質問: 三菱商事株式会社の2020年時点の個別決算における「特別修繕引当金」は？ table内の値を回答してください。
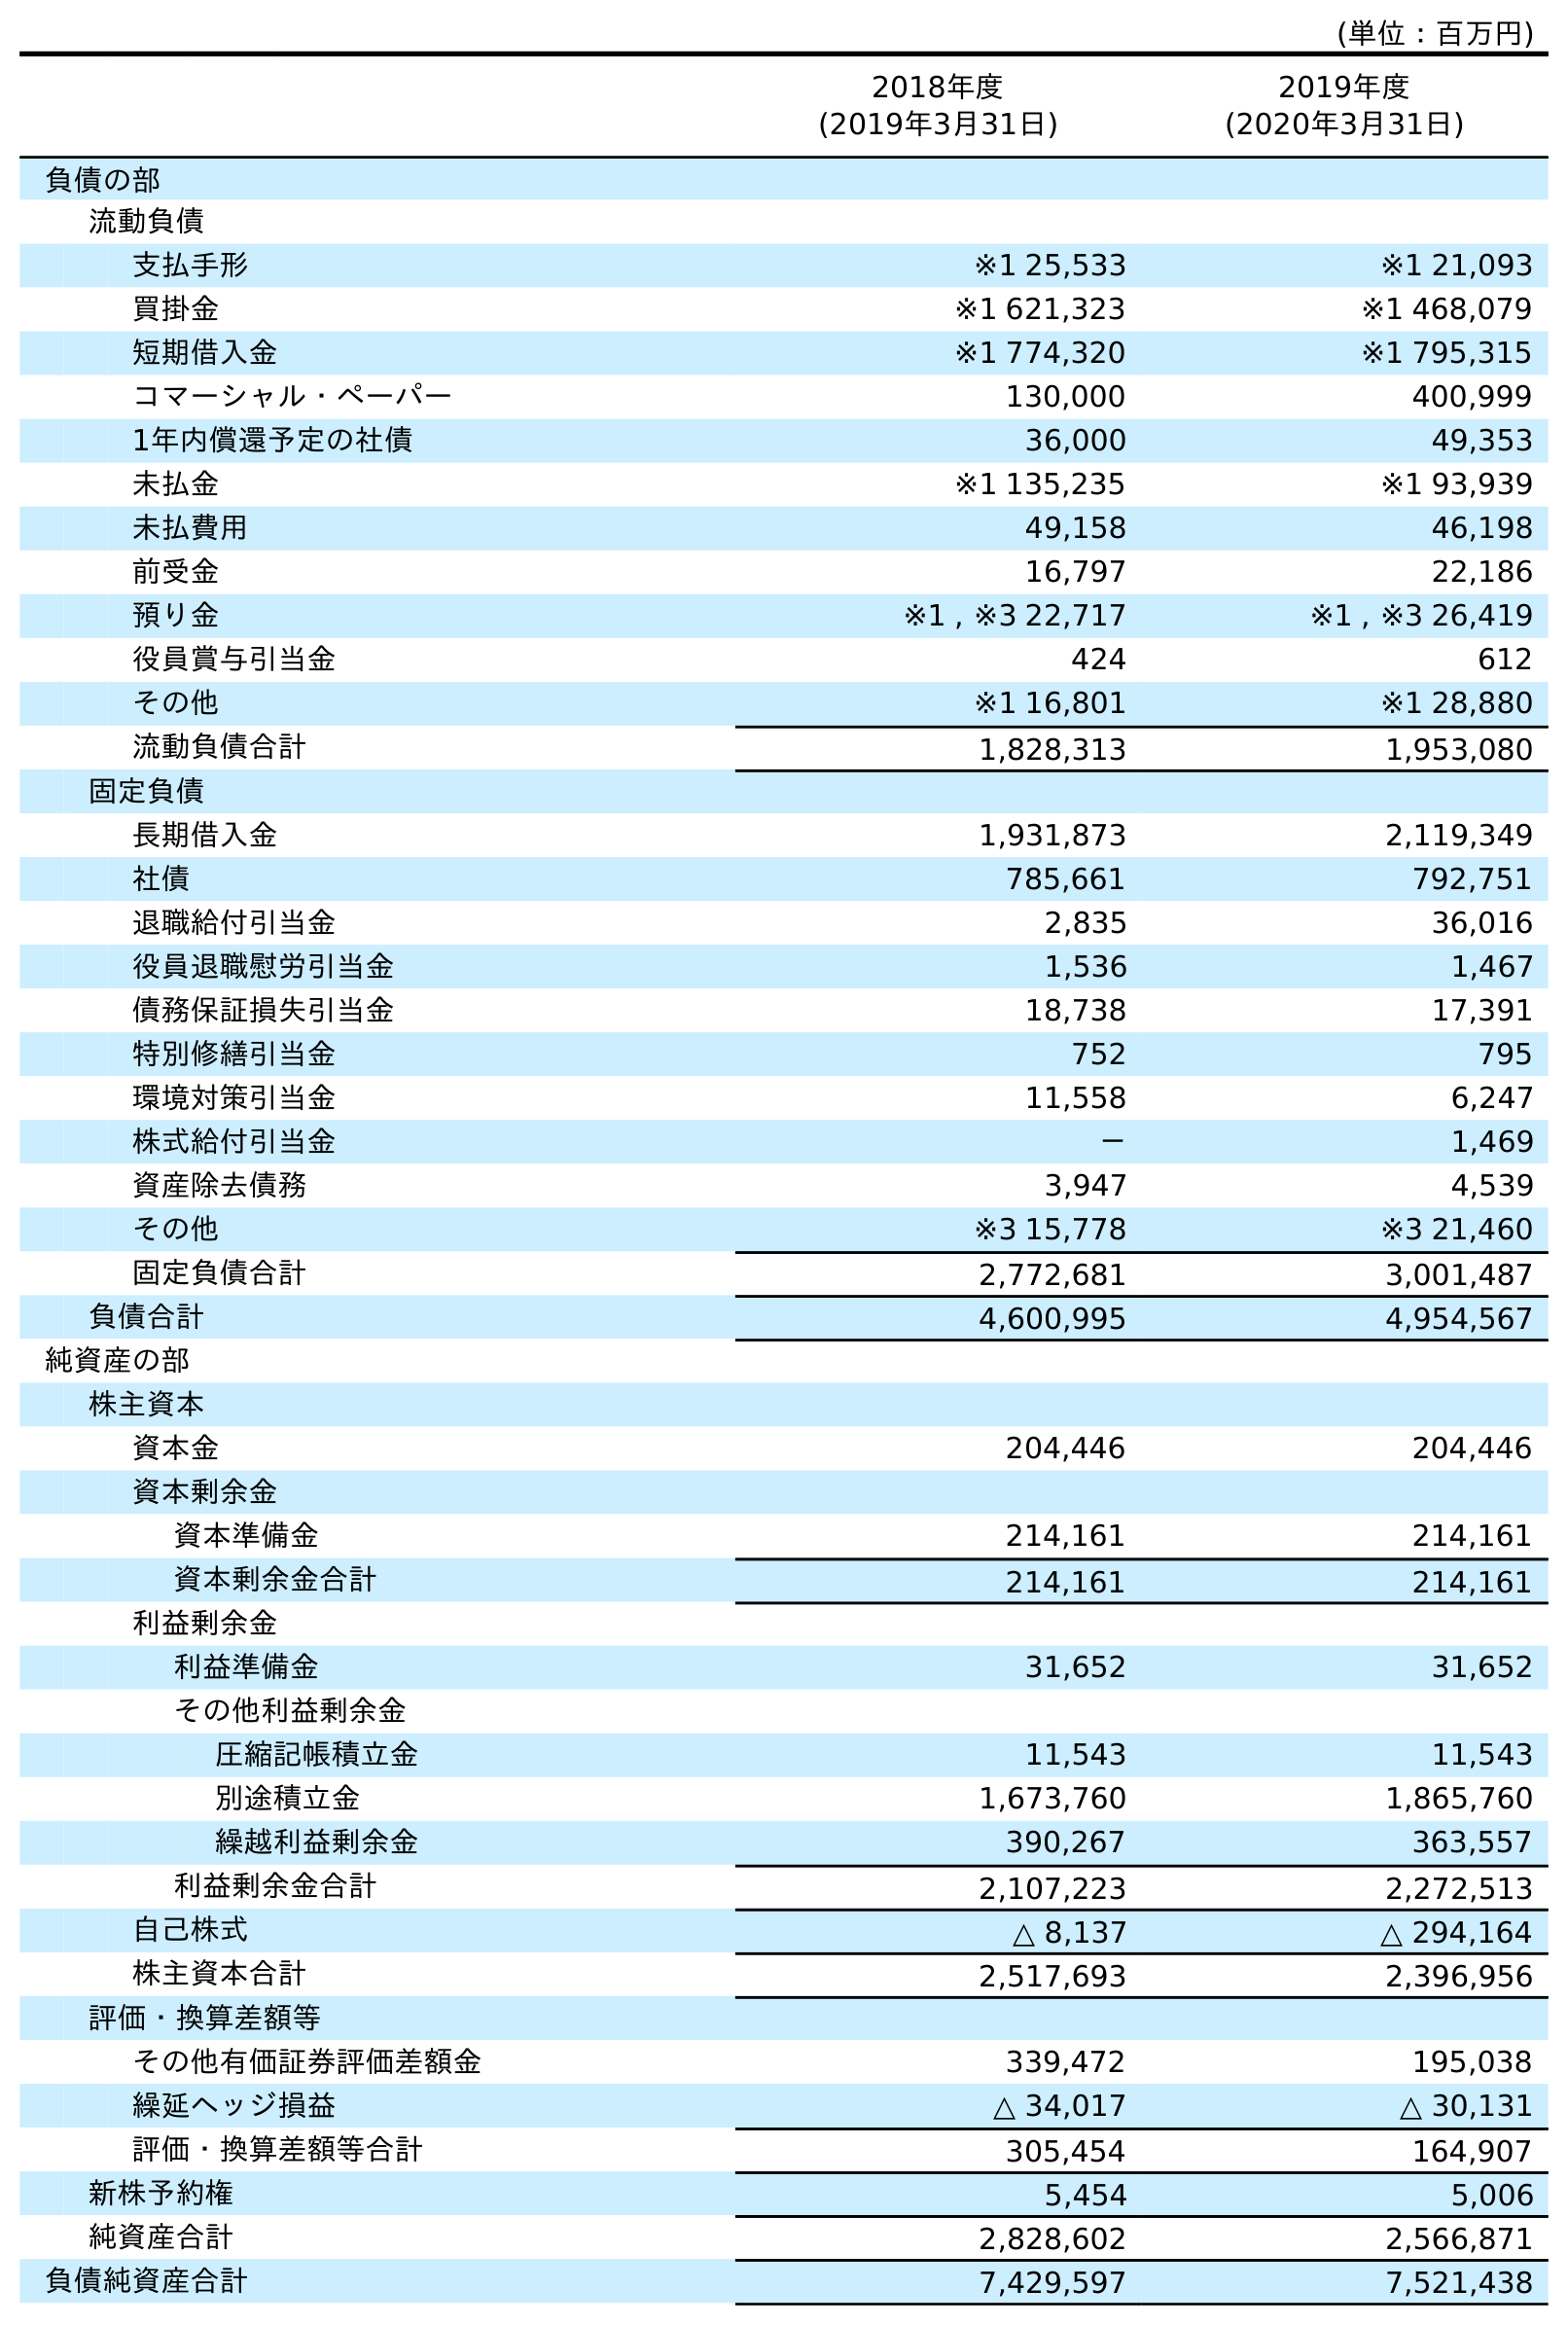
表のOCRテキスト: (単位：百万円) 2018年度 (2019年3月31日) 2019年度 (2020年3月31日) 負債の部 流動負債 支払手形 ※1 25,533 ※1 21,093 買掛金 ※1 621,323 ※1 468,079 短期借入金 ※1 774,320 ※1 795,315 コマーシャル・ペーパー 130,000 400,999 1年内償還予定の社債 36,000 49,353 未払金 ※1 135,235 ※1 93,939 未払費用 49,158 46,198 前受金 16,797 22,186 預り金 ※1 , ※3 22,717 ※1 , ※3 26,419 役員賞与引当金 424 612 その他 ※1 16,801 ※1 28,880 流動負債合計 1,828,313 1,953,080 固定負債 長期借入金 1,931,873 2,119,349 社債 785,661 792,751 退職給付引当金 2,835 36,016 役員退職慰労引当金 1,536 1,467 債務保証損失引当金 18,738 17,391 特別修繕引当金 752 795 環境対策引当金 11,558 6,247 株式給付引当金 － 1,469 資産除去債務 3,947 4,539 その他 ※3 15,778 ※3 21,460 固定負債合計 2,772,681 3,001,487 負債合計 4,600,995 4,954,567 純資産の部 株主資本 資本金 204,446 204,446 資本剰余金 資本準備金 214,161 214,161 資本剰余金合計 214,161 214,161 利益剰余金 利益準備金 31,652 31,652 その他利益剰余金 圧縮記帳積立金 11,543 11,543 別途積立金 1,673,760 1,865,760 繰越利益剰余金 390,267 363,557 利益剰余金合計 2,107,223 2,272,513 自己株式 △ 8,137 △ 294,164 株主資本合計 2,517,693 2,396,956 評価・換算差額等 その他有価証券評価差額金 339,472 195,038 繰延ヘッジ損益 △ 34,017 △ 30,131 評価・換算差額等合計 305,454 164,907 新株予約権 5,454 5,006 純資産合計 2,828,602 2,566,871 負債純資産合計 7,429,597 7,521,438
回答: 795